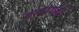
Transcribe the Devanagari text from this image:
नामदेवांमुळे